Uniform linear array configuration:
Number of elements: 48
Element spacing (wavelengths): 1
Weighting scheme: uniform
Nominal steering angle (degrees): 30
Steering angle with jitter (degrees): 30.397
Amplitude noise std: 0.05
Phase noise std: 0.05

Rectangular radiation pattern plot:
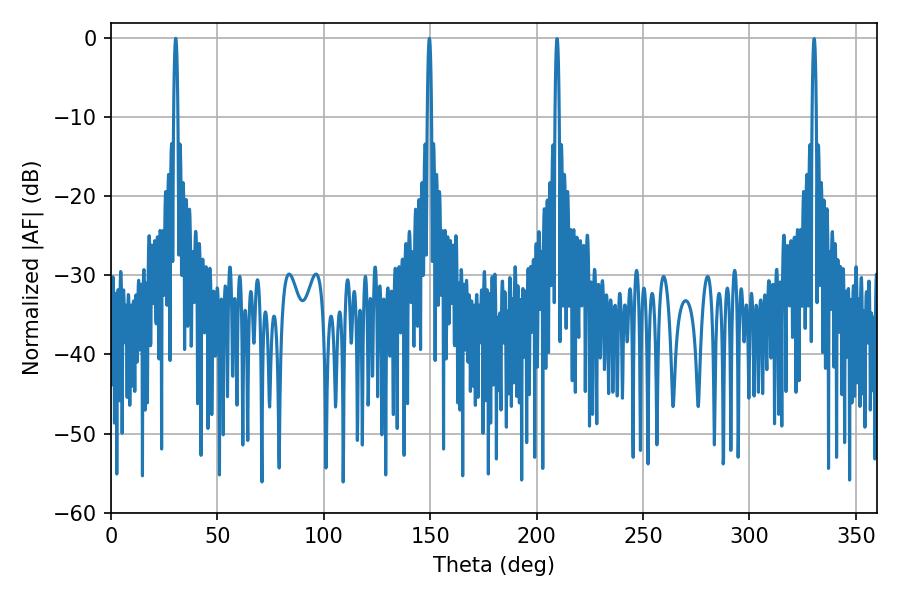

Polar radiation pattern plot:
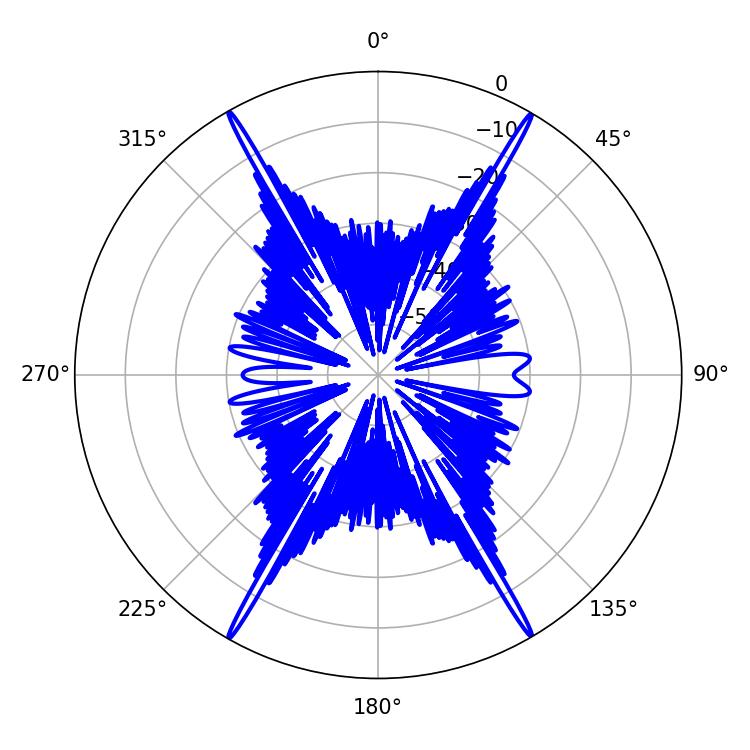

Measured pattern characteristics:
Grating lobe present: TRUE
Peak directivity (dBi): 34.063
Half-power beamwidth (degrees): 1.08
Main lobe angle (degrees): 30.42